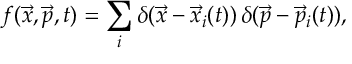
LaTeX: f ( \vec { x } , \vec { p } , t ) = \sum _ { i } \delta ( \vec { x } - { \vec { x } } _ { i } ( t ) ) \, \delta ( \vec { p } - { \vec { p } } _ { i } ( t ) ) ,